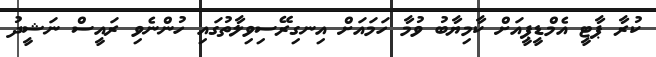
ކުރާ ޕާޓީ އެމްޑީޕީއަށް ކާމިޔާބު ވުމާ ހަމައަށް އިނގިރޭސިވިލާތުގައި ހުންނެވި ރައީސް ނަޝީދު